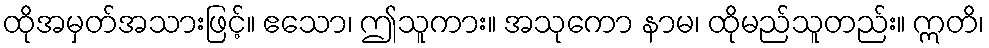
ထိုအမှတ်အသားဖြင့်။ ဧသော၊ ဤသူကား။ အသုကော နာမ၊ ထိုမည်သူတည်း။ ဣတိ၊